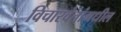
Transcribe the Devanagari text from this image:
विचारवंतांमधील